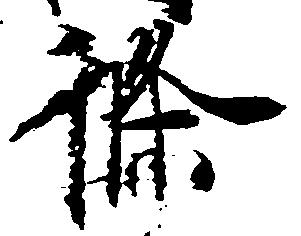
条